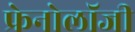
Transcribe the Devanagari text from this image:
फ्रेनोलॉजी